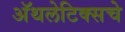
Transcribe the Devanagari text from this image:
अॅथलेटिक्सचे